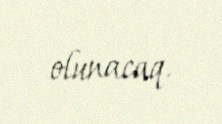
olunacaq.